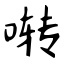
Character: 啭